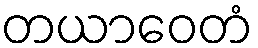
တယာဝေတံ